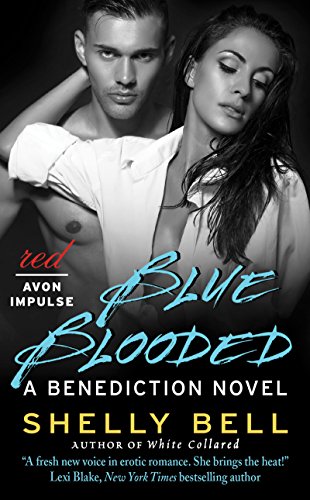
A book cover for Blue Blooded: A Benediction Novel; Shelly Bell; Romance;